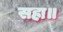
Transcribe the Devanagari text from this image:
सहा॥